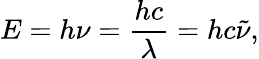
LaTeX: E=h\nu={\frac{hc}{\lambda}}=hc{\tilde{\nu}},